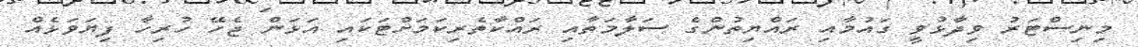
މިނިސްޓަރު ވިދާޅުވީ ގައުމާއި ރައްޔިތުންގެ ސަލާމަތާއި ރައްކާތެރިކަމަށްޓަކައި އަޅަން ޖެހޭ ހުރިހާ ފިޔަވަޅެއް